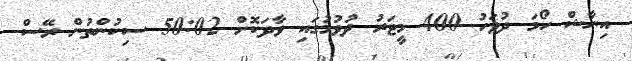
އިނާޝް ހޯމަ ދުވަހު 400 މީޓަރު ދުވުމުގައި ވާދަކޮށް 50:02 ސިކުންތުން ރޭސް